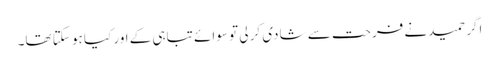
اگر حمید نے فرحت سے شادی کر لی تو سوائے تباہی کے اور کیا ہو سکتا تھا۔